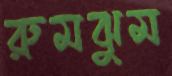
রুমঝুম